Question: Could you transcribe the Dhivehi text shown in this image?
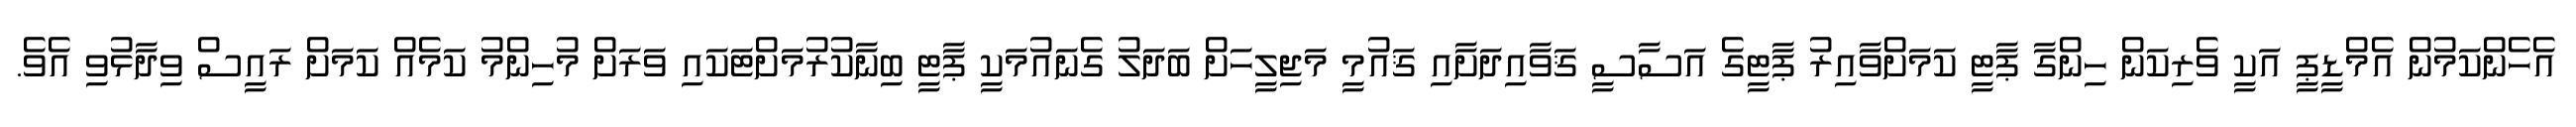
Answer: އެހެންކަމުން އެމްޑީޕީ އަކީ ވެރިކަން ހިންގާ ޕާޓީ ކަމަށްވާއިރު ޕާޓީގެ އަސާސީ ޤަވާއިދަށާއި ޤައުމީ މަޖިލީހަށް ބަދަލު ގެނައުމަކީ ޕާޓީ ބިނާކުރުމަށްޓަކައި ވަރަށް މުހިންމު ކަމެއް ކަމަށް ރައީސް ވިދާޅުވި އެވެ.